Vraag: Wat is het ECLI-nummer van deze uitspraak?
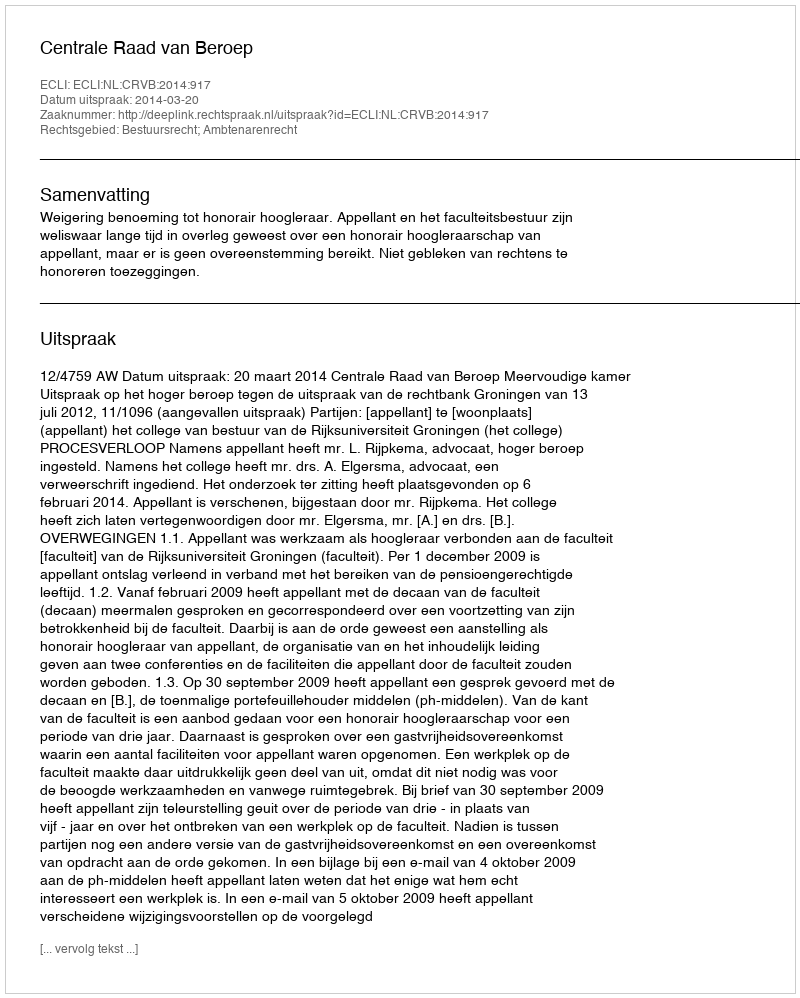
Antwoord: ECLI:NL:CRVB:2014:917